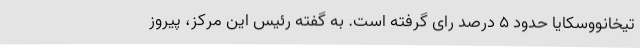
تیخانووسکایا حدود 5 درصد رای گرفته است. به گفته رئیس این مرکز، پیروز